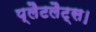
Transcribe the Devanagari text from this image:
प्लैटलैट्स।